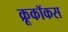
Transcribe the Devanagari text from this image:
क्रूकॉकस